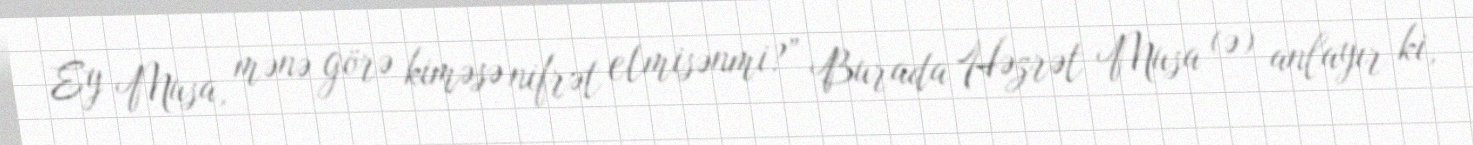
Ey Musa, mənə görə kiməsə nifrət etmisənmi?” Burada Həzrət Musa (ə) anlayır ki,